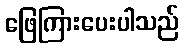
ဖြေကြားပေးပါသည်